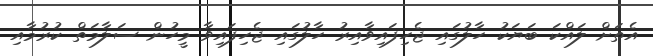
އެތަށް ލައްކަ ބަޔަކު ހާލުގައި ޖެހިފައިވާއިރު ހާލުގައި ޖެހިފައިވާ މީހުން ސަލާމަތް ކުރުމާއި